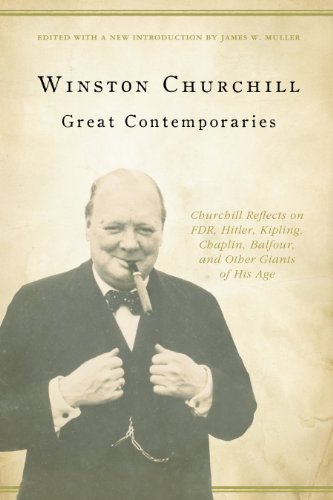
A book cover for Great Contemporaries: Churchill Reflects on FDR, Hitler, Kipling, Chaplin, Balfour, and Other Giants of His Age; Winston Churchill; Biographies & Memoirs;